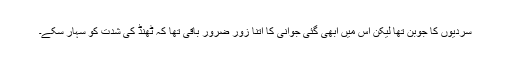
سردیوں کا جوبن تھا لیکن اس میں ابھی گئی جوانی کا اتنا زور ضرور باقی تھا کہ ٹھنڈ کی شدت کو سہار سکے۔